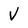
Character: v